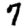
Digit: 7